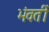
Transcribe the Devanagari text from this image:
भंवतीं